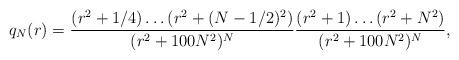
LaTeX: \begin{align*}q_N(r)=\frac{(r^2+1/4)\ldots(r^2+(N-1/2)^2)}{(r^2+100N^2)^N}\frac{(r^2+1)\ldots(r^2+N^2)}{(r^2+100N^2)^N},\end{align*}